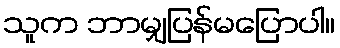
သူက ဘာမျှပြန်မပြောပါ။